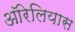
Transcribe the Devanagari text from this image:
ऑरेलियास